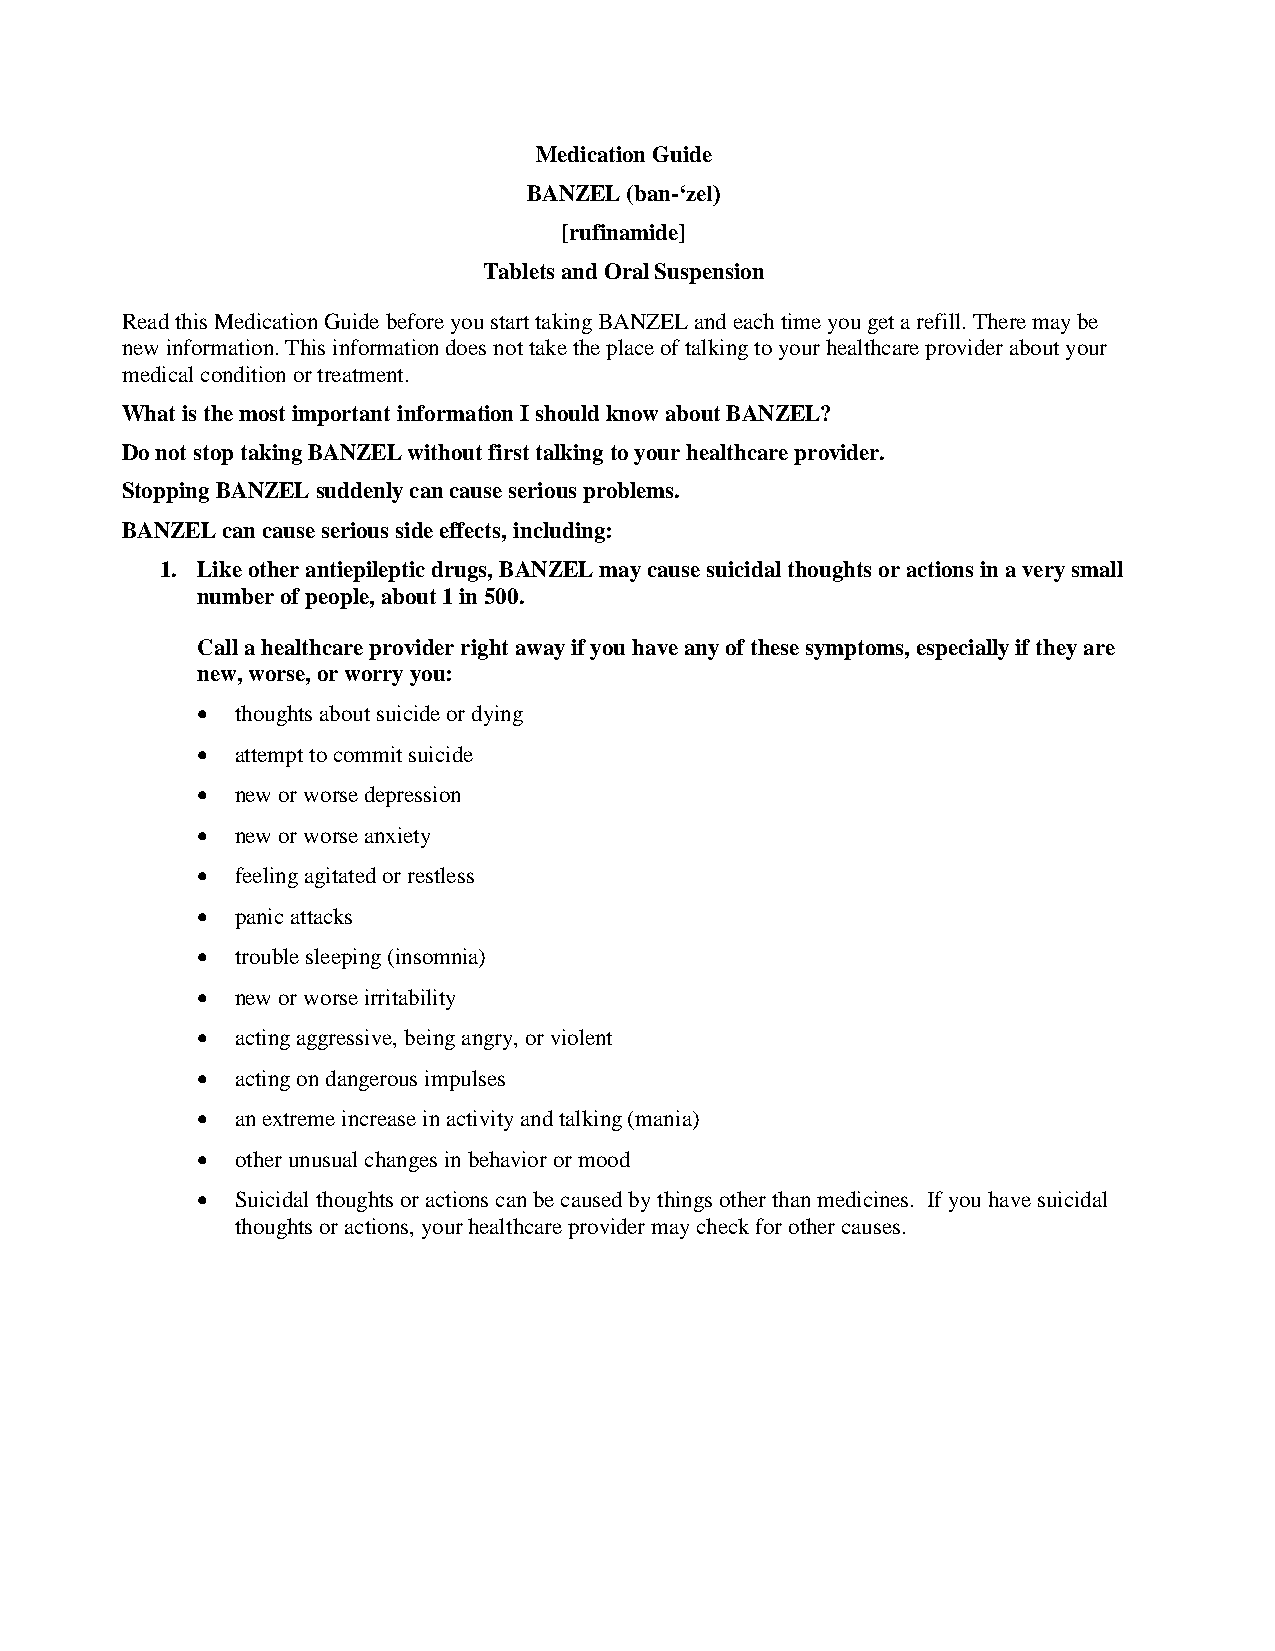
Medication Guide
 BANZEL (ban-‘zel)
 [rufinamide]
 Tablets and Oral Suspension
 Read this Medication Guide before you start taking BANZEL and each time you get a refill. There may be
 new information. This information does not take the place of talking to your healthcare provider about your
 medical condition or treatment.
 What is the most important information I should know about BANZEL?
 Do not stop taking BANZEL without first talking to your healthcare provider.
 Stopping BANZEL suddenly can cause serious problems.
 BANZEL can cause serious side effects, including:
 1. Like other antiepileptic drugs, BANZEL may cause suicidal thoughts or actions in a very small
 number of people, about 1 in 500.
 Call a healthcare provider right away if you have any of these symptoms, especially if they are
 new, worse, or worry you:
   thoughts about suicide or dying
   attempt to commit suicide
   new or worse depression
   new or worse anxiety
   feeling agitated or restless
   panic attacks
   trouble sleeping (insomnia)
   new or worse irritability
   acting aggressive, being angry, or violent
   acting on dangerous impulses
   an extreme increase in activity and talking (mania)
   other unusual changes in behavior or mood
   Suicidal thoughts or actions can be caused by things other than medicines. If you have suicidal
 thoughts or actions, your healthcare provider may check for other causes.